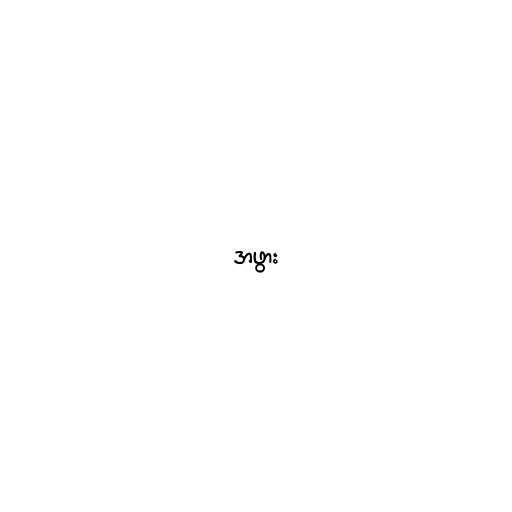
အဖွား